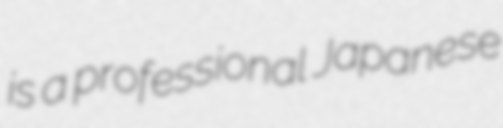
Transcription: is a professional Japanese